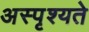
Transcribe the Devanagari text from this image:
अस्पृश्यते